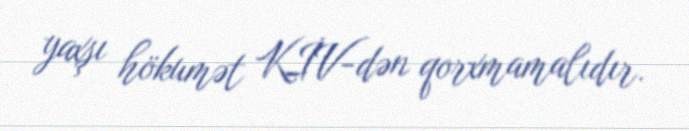
yaxşı hökumət KİV-dən qorxmamalıdır.